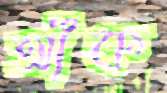
আঁক